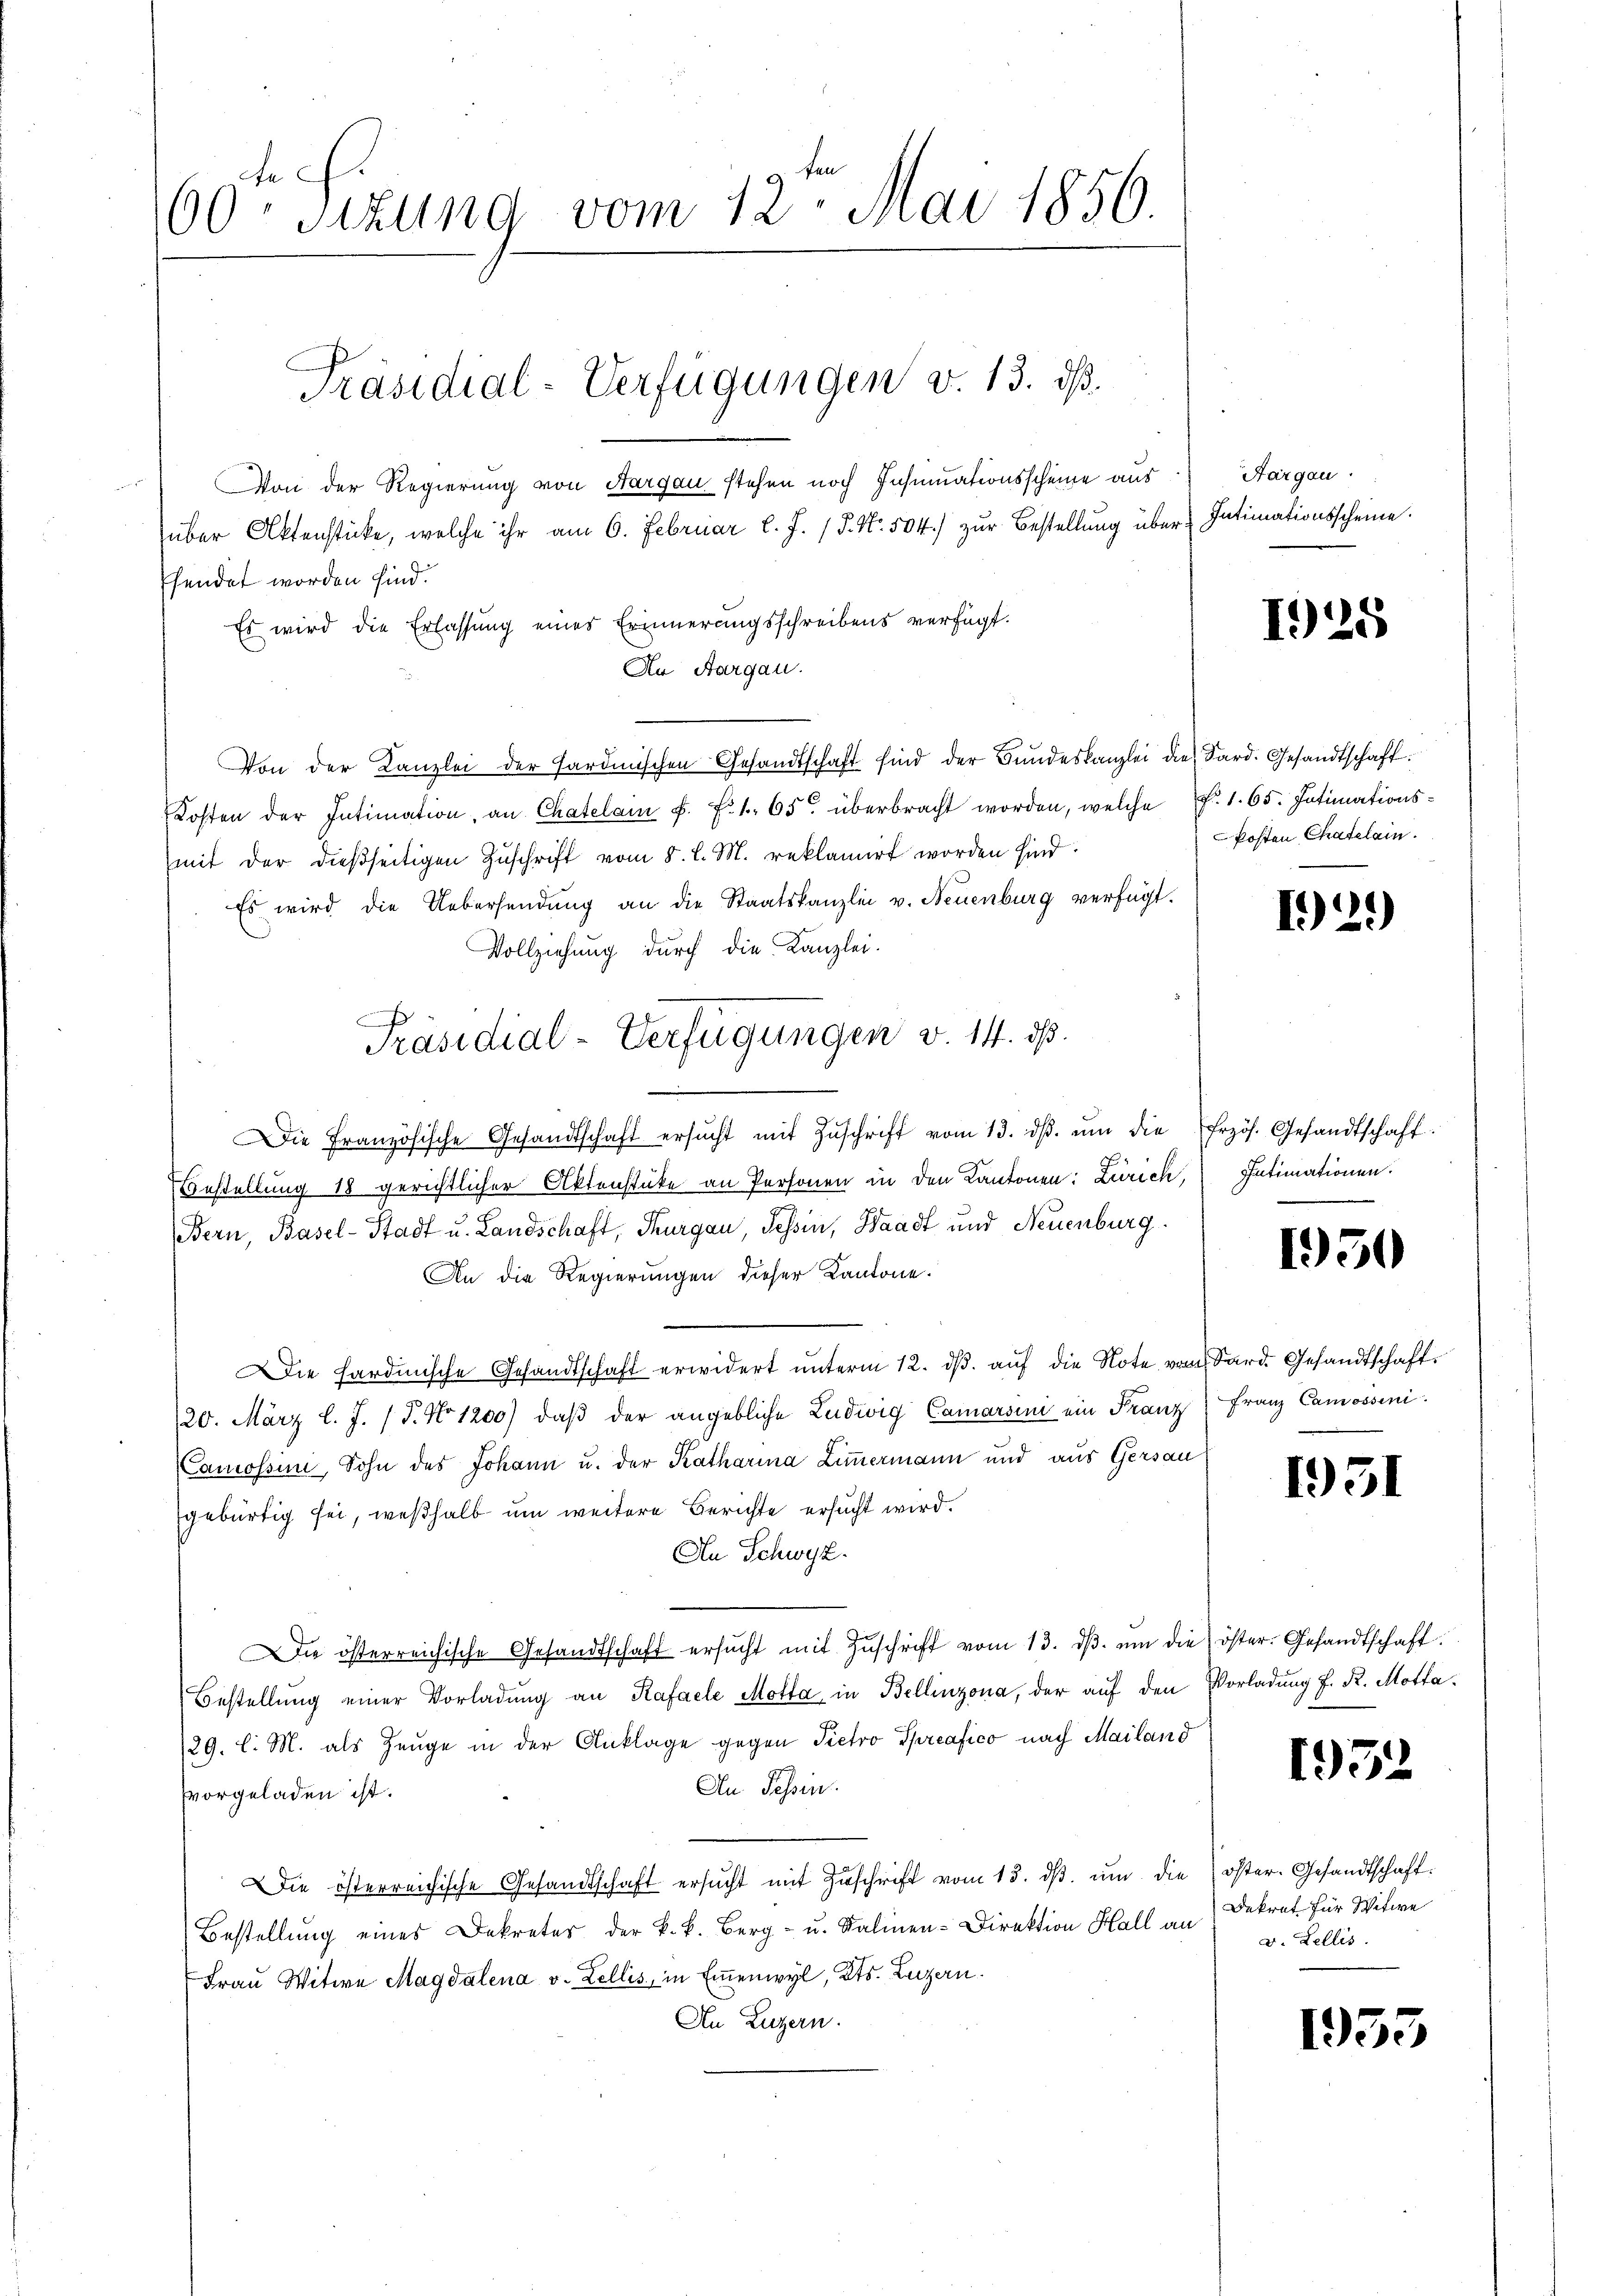
60ten Sizung vom 12. Mai 1856.

Von der Regierung von Aargau stehen noch Insinuationsscheine aus
über Aktenstücke, welche ihr am 6. Februar l. J. P. Nr. 504) zŭr Bestellŭng über Intimationsscheine.
hendet worden sind.
Es wird die Erlassung eines Erinnerungsschreibens verfügt.
An Aargau.
Von der Kanzlei der Hardinischen Gesandtschaft sind der Bundeskanzlei die Sard. Gesandtschaft.
Kosten der Intimation, an Chatelam f. f. 1. 65 überbracht worden, welche P. 1. 65. Intimations¬
(mit der dießseitigen Zuschrift vom 5. l. M. reklamirt worden sind:
Es wird die Uebersendung an die Staatskanzlei v. Neuenburg verfügt.
Vollziehung durch die Kanzlei-
Die Französische Gesandtschaft ersŭcht mit Zŭschrift vom 13. dβ. ŭm die Erzös. Gesandtschaft.
Bestellung 18 gerichtlicher Aktenstüke an Personen in den Kantonen: Zürich, Intimationen.
Bern, Basel-Stadt u. Landschaft, Thurgau, Tessin, Waadt und Neuenburg
An die Regierungen dieser Kantone.
Die sardinische Gesandtschaft erwidert unterm 12. dβ aŭf die Note vom Sard. Gesandtschaft
20. März l. J. (T. No 1200) daβ der angebliche Ludwig Camarsini ein Franz Franz Camossini.
Camossini, Sohn des Johann u. der Katharina Zimmermann und aus Gersau
gebürtig sei, weßhalb um weitere Berichte ersucht wird.
An Schwyz.
Die österreichische Gesandtschaft ersŭcht mit Zŭschrift vom 13. dβ. ŭm die öster. Gesandtschaft.
Bestellung einer Vorladung an Rafaele Motta in Bellinzona, der auf den Vorladung f. R. Motta¬
29. l. M. als Zeuge in der Anklage gegen Pietro Spreafico nach Mailand
An Tessin.
vorgeladen ist.
Die österreichische Gesandtschaft ersŭcht mit Zuschrift vom 15. dβ ŭm die öster. Gesandtschaft
Bestellung eines Dekreter der k.k. Berg- u. Salinen-Direktion Hall an
Frau Witwe Magdalena v. Lellis, in Emmenwyl, Kts. Luzern.
An Luzern.

Präsidial-Verfügungen v. 13. ds.

Präsidial-Verfügungen v. 14. ds.

Hargau.

125

kosten Chatelain.

129)

1950

1931

1952

Dekret für Witwe
v. Lellis.

1955